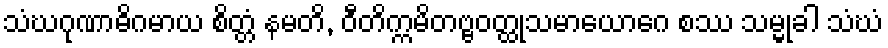
သံဃဂုဏာဓိဂမာယ စိတ္တံ နမတိ, ဝီတိက္ကမိတဗ္ဗဝတ္ထုသမာယောဂေ စဿ သမ္မုခါ သံဃံ